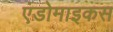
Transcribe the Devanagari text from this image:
एंडोमाइकस